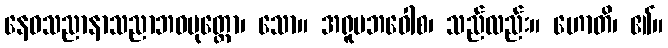
နေဝသညာနာသညာဘဝမုတ္တော၊ သော။ အရူပဘဝေါစ၊ သည်လည်း။ ဟောတိ၊ ၏။